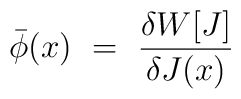
\bar\phi (x)\ =\ {\delta W[J]\over \delta J(x)} \\